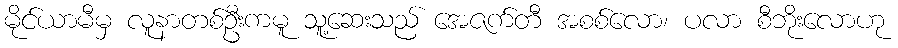
မိုင်ယာမီမှ လူနာတစ်ဦးကမူ သူ့ဆေးသည် အေဇက်တီ အစစ်လော၊ ပလာ စီဘိုးလောဟု